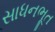
સાધનભૂત